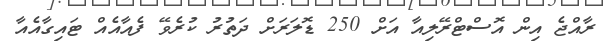
ރާއްޖެ އިން އޮސްޓްރޭލިއާ އަށް 250 ޑޮލަރަށް ދަތުރު ކުރެވޭ ފެއާއެއް ޓައިގާއެއާ